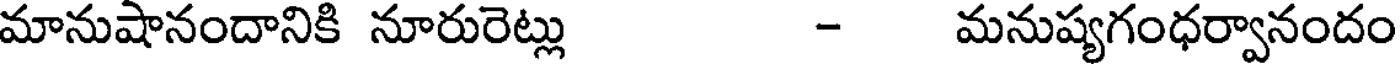
మానుషానందానికి నూరురెట్లు - మనుష్యగంధర్వానందం